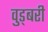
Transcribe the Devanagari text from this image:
वुड्बरी